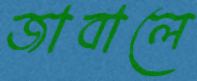
জাবালে